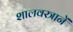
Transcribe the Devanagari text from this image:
शालवस्त्रानें